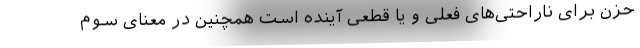
حزن برای ناراحتی‌های فعلی و یا قطعی آینده است همچنین در معنای سوم